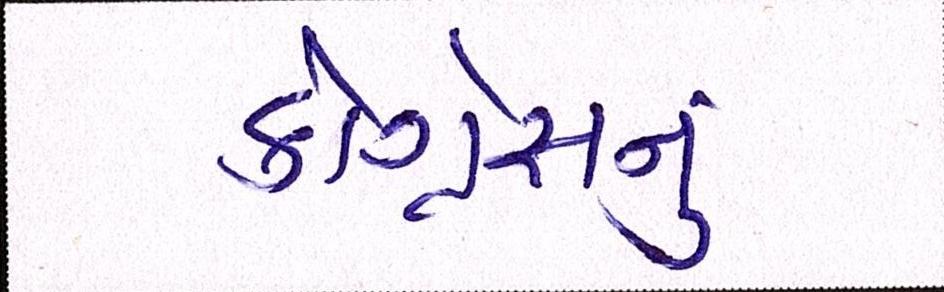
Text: કોંગ્રેસનુ